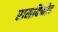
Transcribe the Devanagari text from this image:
रामबिनोद